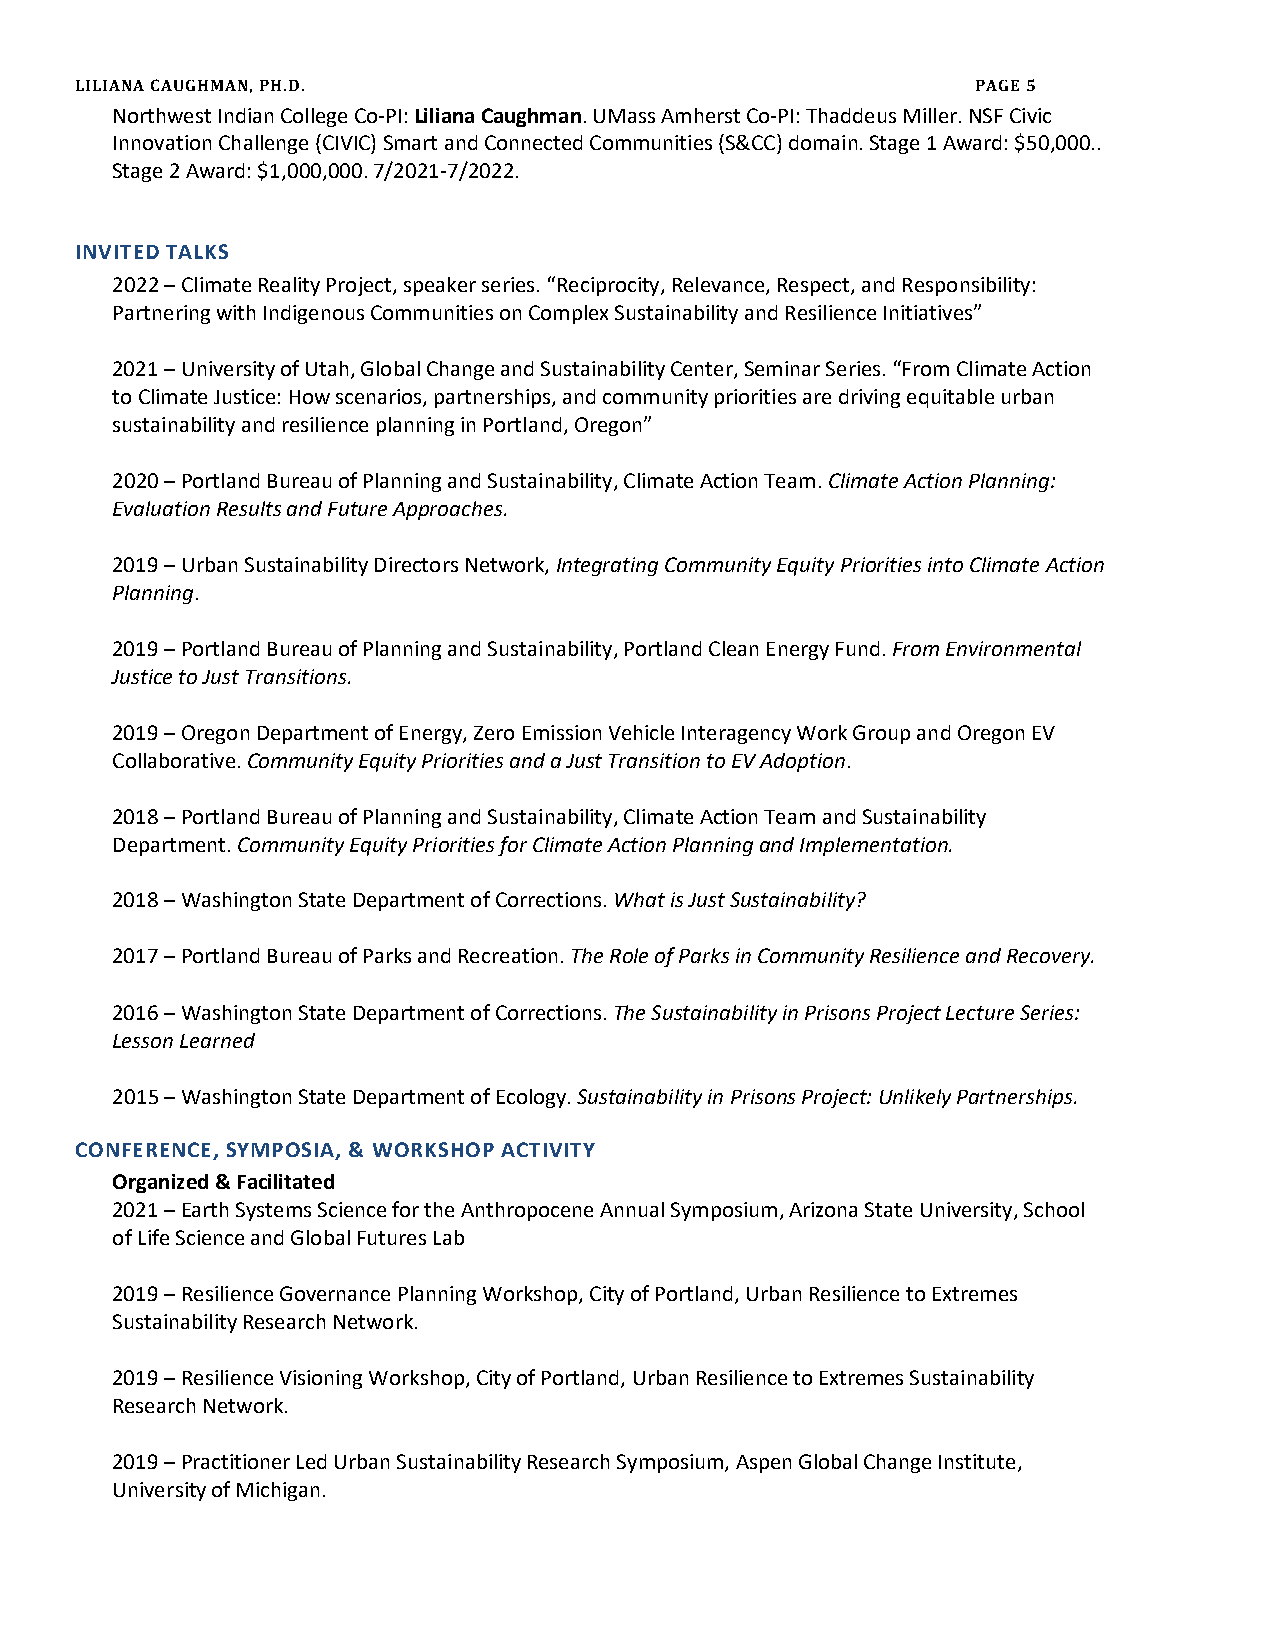
LILIANA CAUGHMAN, PH.D.                                     PAGE 5
 Northwest Indian College Co-PI: Liliana Caughman. UMass Amherst Co-PI: Thaddeus Miller. NSF Civic
 Innovation Challenge (CIVIC) Smart and Connected Communities (S&CC) domain. Stage 1 Award: $50,000..
 Stage 2 Award: $1,000,000. 7/2021-7/2022.
 INVITED TALKS
 2022 – Climate Reality Project, speaker series. “Reciprocity, Relevance, Respect, and Responsibility:
 Partnering with Indigenous Communities on Complex Sustainability and Resilience Initiatives”
 2021 – University of Utah, Global Change and Sustainability Center, Seminar Series. “From Climate Action
 to Climate Justice: How scenarios, partnerships, and community priorities are driving equitable urban
 sustainability and resilience planning in Portland, Oregon”
 2020 – Portland Bureau of Planning and Sustainability, Climate Action Team. Climate Action Planning:
 Evaluation Results and Future Approaches.
 2019 – Urban Sustainability Directors Network, Integrating Community Equity Priorities into Climate Action
 Planning.
 2019 – Portland Bureau of Planning and Sustainability, Portland Clean Energy Fund. From Environmental
 Justice to Just Transitions.
 2019 – Oregon Department of Energy, Zero Emission Vehicle Interagency Work Group and Oregon EV
 Collaborative. Community Equity Priorities and a Just Transition to EV Adoption.
 2018 – Portland Bureau of Planning and Sustainability, Climate Action Team and Sustainability
 Department. Community Equity Priorities for Climate Action Planning and Implementation.
 2018 – Washington State Department of Corrections. What is Just Sustainability?
 2017 – Portland Bureau of Parks and Recreation. The Role of Parks in Community Resilience and Recovery.
 2016 – Washington State Department of Corrections. The Sustainability in Prisons Project Lecture Series:
 Lesson Learned
 2015 – Washington State Department of Ecology. Sustainability in Prisons Project: Unlikely Partnerships.
 CONFERENCE, SYMPOSIA, & WORKSHOP ACTIVITY
 Organized & Facilitated
 2021 – Earth Systems Science for the Anthropocene Annual Symposium, Arizona State University, School
 of Life Science and Global Futures Lab
 2019 – Resilience Governance Planning Workshop, City of Portland, Urban Resilience to Extremes
 Sustainability Research Network.
 2019 – Resilience Visioning Workshop, City of Portland, Urban Resilience to Extremes Sustainability
 Research Network.
 2019 – Practitioner Led Urban Sustainability Research Symposium, Aspen Global Change Institute,
 University of Michigan.